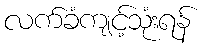
လက်ခံကျင့်သုံးရန်